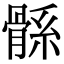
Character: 𩩌